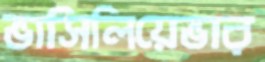
ভাসিলিয়েভার